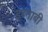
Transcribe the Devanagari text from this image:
इब्नाबी